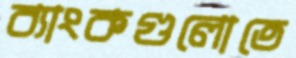
ব্যাংকগুলোতে